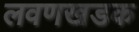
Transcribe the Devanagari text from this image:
लवणखडक